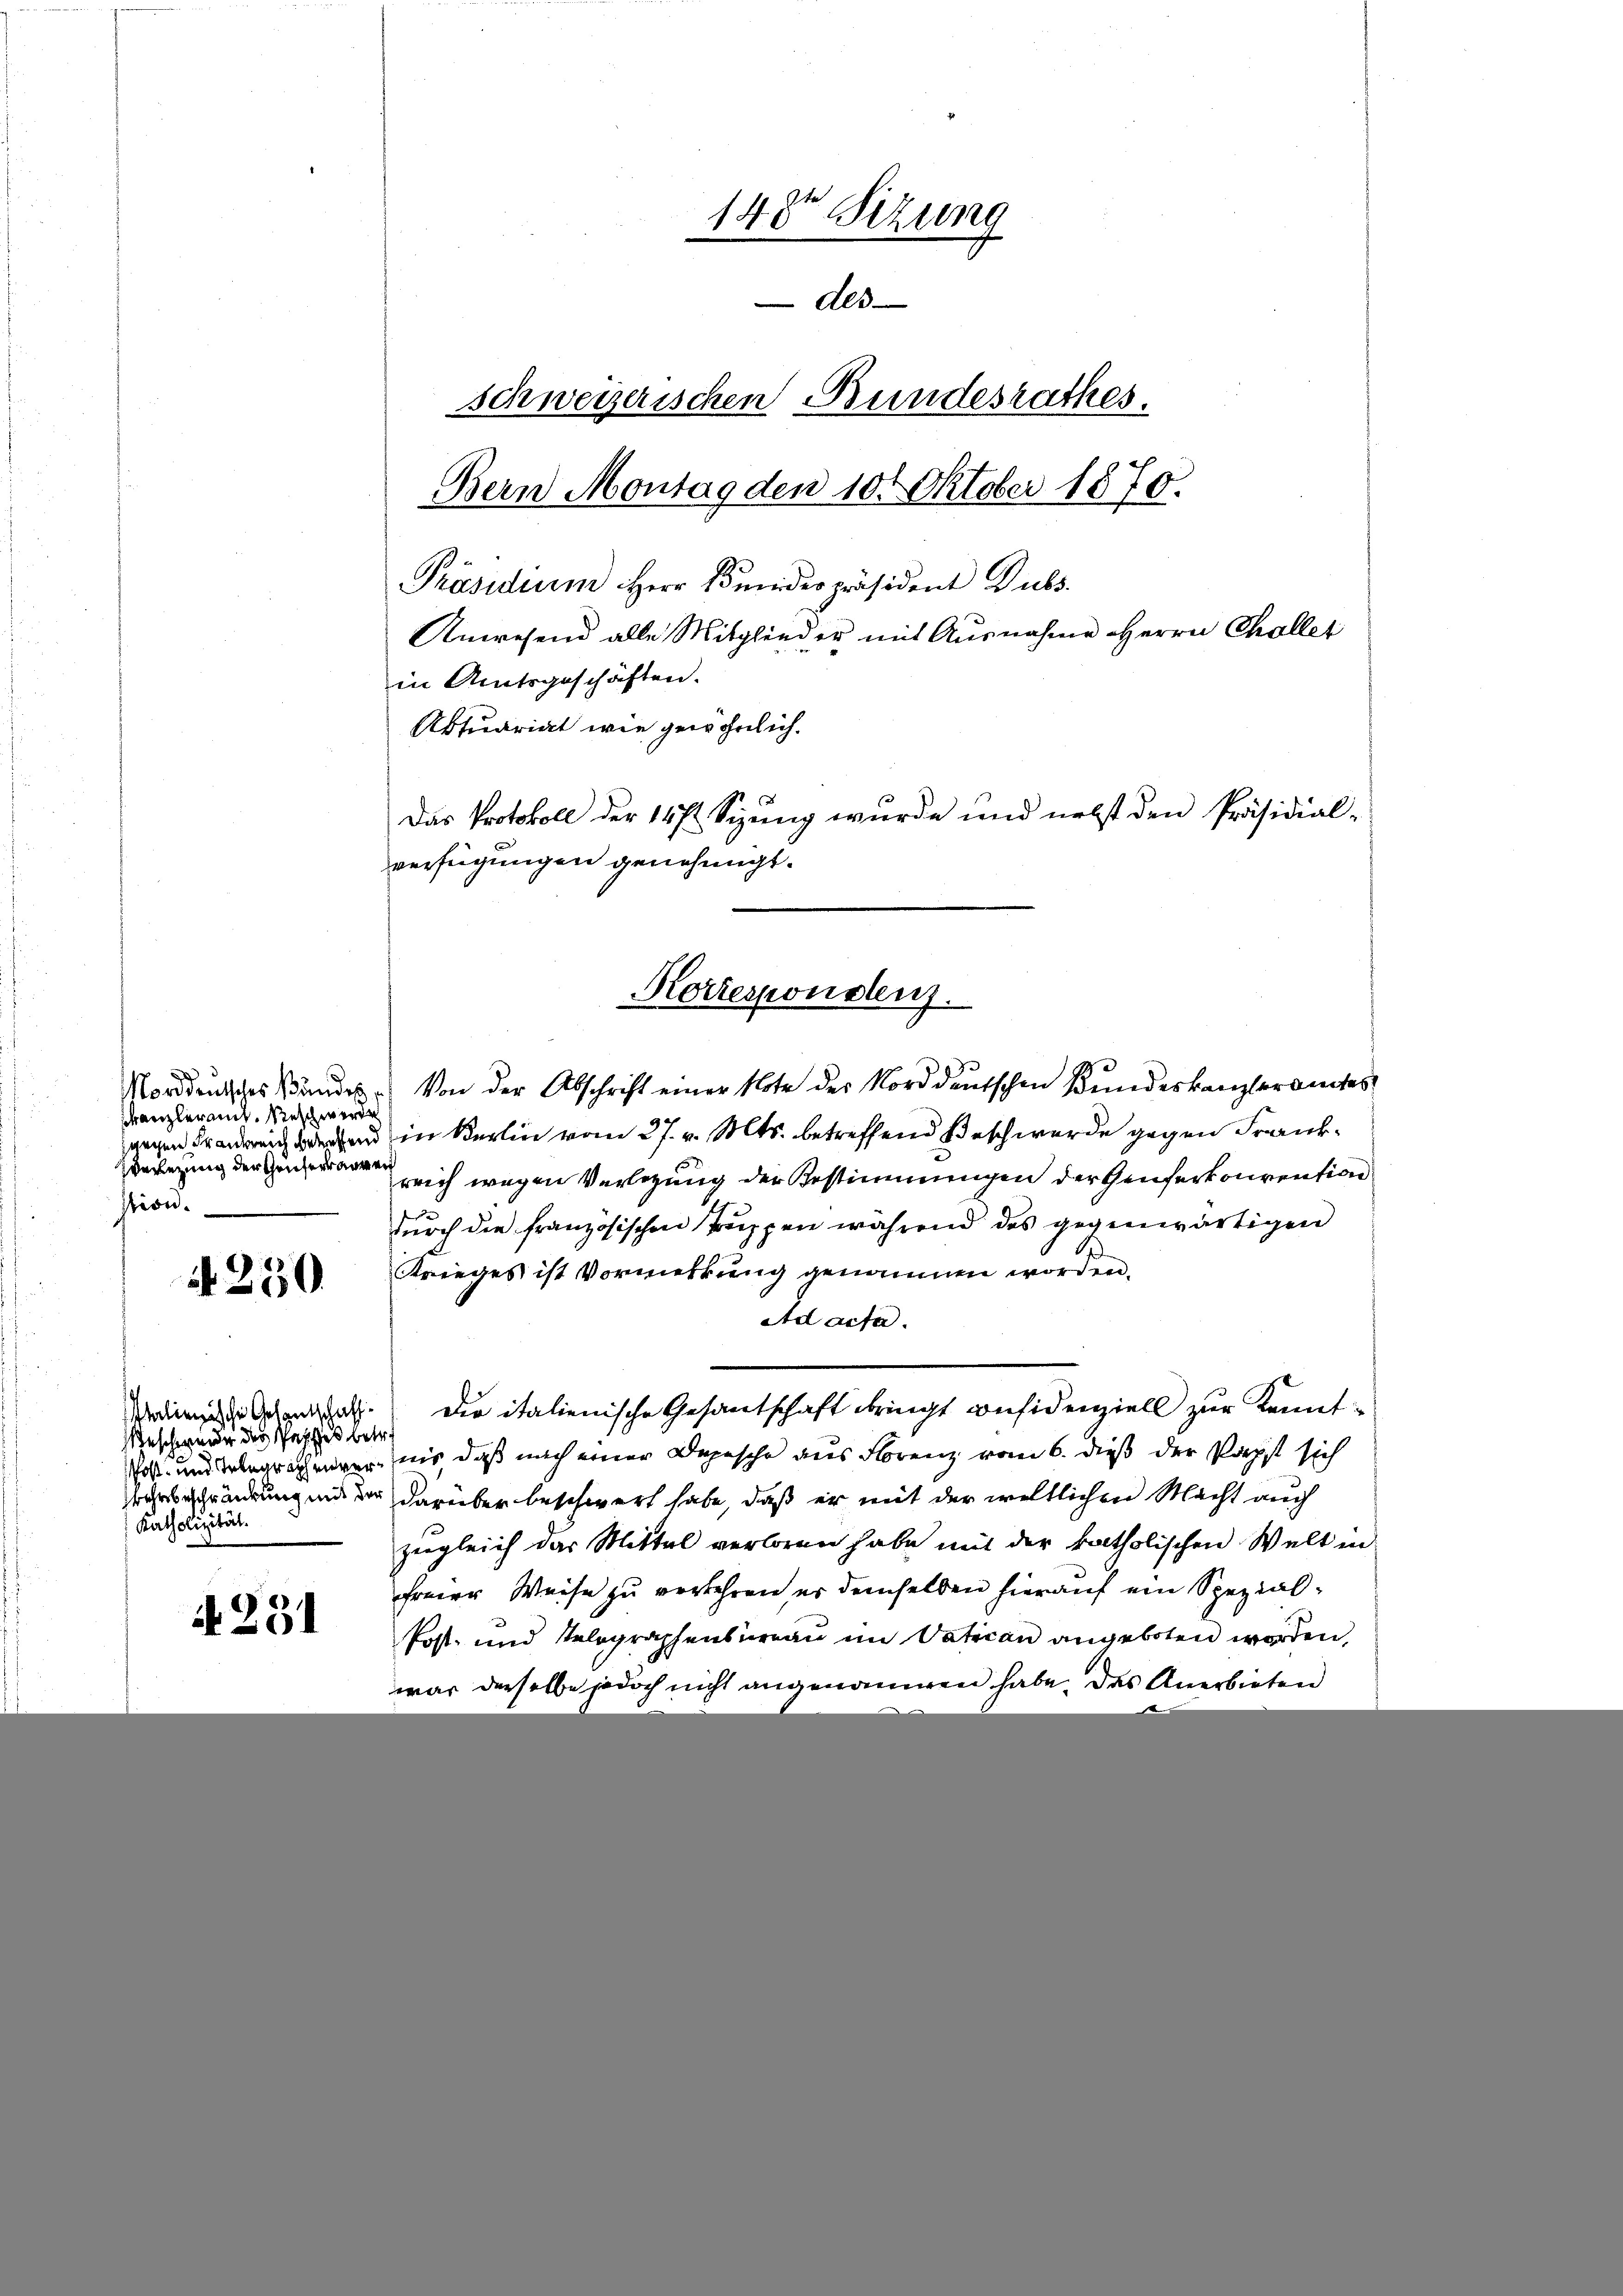
skanzler mit. Reschwerden
verlegung der Geiserbarmer
stion.

A 250

Geschweider des Passes betre
Katholizität.

if. 231

148 Sezung
des
schweizerischen Bundesrathes.
Bern Montag den 10t Oktober 1870.
Präsidium Herr Bundespräsident Dubs
Anwesend alle Mitglieder mit Ausnahme Herrn Challer
in Amtsgeschäften.
Aktuariat wie gewöhnlich.
Das Protokoll der 147. Sizung wurde und nebst den Präsidial-
verfügungen genehmigt.

Korrespondenz.

Morddeutsches Standes. Von der Abschrift einer Note der Norddeutschen Bundeskanzleramtes
gegen in Berlin vom 27. v. Mts. betreffend Beschwerde gegen Frankreich wegen Verlegung der Bestimmungen der Genferkonvention
durch die französischen Truppen während des gegenwärtigen
Krieges ist Vormerkung genommen worden.
Ad acta.
ne Schant. Der italienische Gesantschaft bringt considenziell zur Kennt¬
Post- und begrechenger, mir daß nach einer Depesche aus Florenz vom 6. dieß der Papst sich
arsbeschränkung und der darüber beschwert habe, daß er mit der weltlichen Macht auch
zugleich das Mittel verloren habe mit der katholischen Welt in
freier Weise zu verkehren, er demselben hierauf ein Spezial¬
Post- und Telegraphensureau im Vatican angeboten worden,
war derselbe jedoch nicht angenommen habe. Das Anerbieten